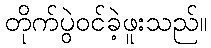
တိုက်ပွဲဝင်ခဲ့ဖူးသည်။